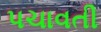
પચાવતી